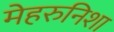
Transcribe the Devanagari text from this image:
मेहरुनिशा